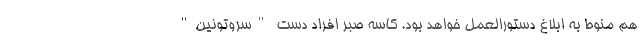
هم منوط به ابلاغ دستورالعمل خواهد بود. کاسه صبر افراد دست "سروتونین"